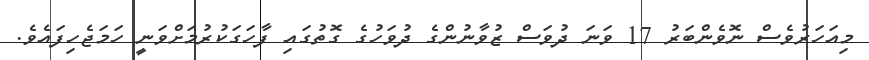
މިއަހަރުވެސް ނޮވެންބަރު 17 ވަނަ ދުވަސް ޒުވާނުންގެ ދުވަހުގެ ގޮތުގައި ފާހަގަކުރުމަށްވަނީ ހަމަޖެހިފައެވެ.